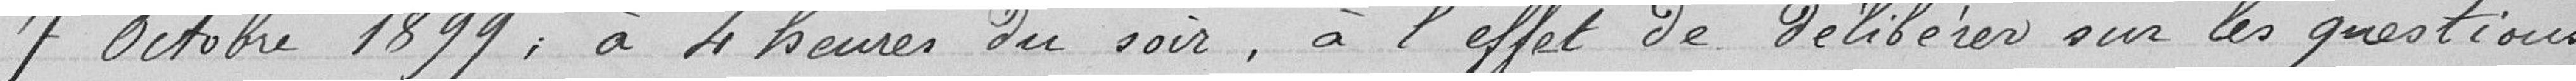
7 Octobre 1899 ; à 4 heures du soir, à l'effet de délibérer sur les questions